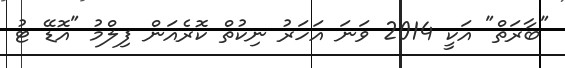
"ބާރަތް" އަކީ 2014 ވަނަ އަހަރު ނިކުތް ކޮރެއަން ފިލްމު "އޮޑޭ ޓު